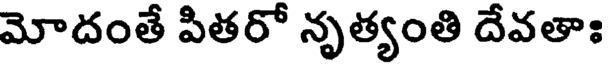
మోదంతే పితరో నృత్యంతి దేవతాః